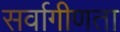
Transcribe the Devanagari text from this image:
सर्वागीणता